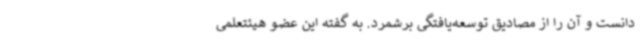
دانست و آن را از مصادیق توسعه‌یافتگی برشمرد. به گفته این عضو هیئتعلمی